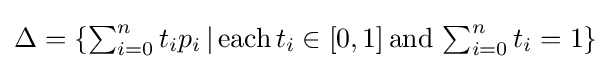
{\textstyle \Delta =\{\sum _{i=0}^{n}t_{i}p_{i}\,|\,{\text{each}}\,t_{i}\in [0,1]\,{\text{and}}\,\sum _{i=0}^{n}t_{i}=1\}}